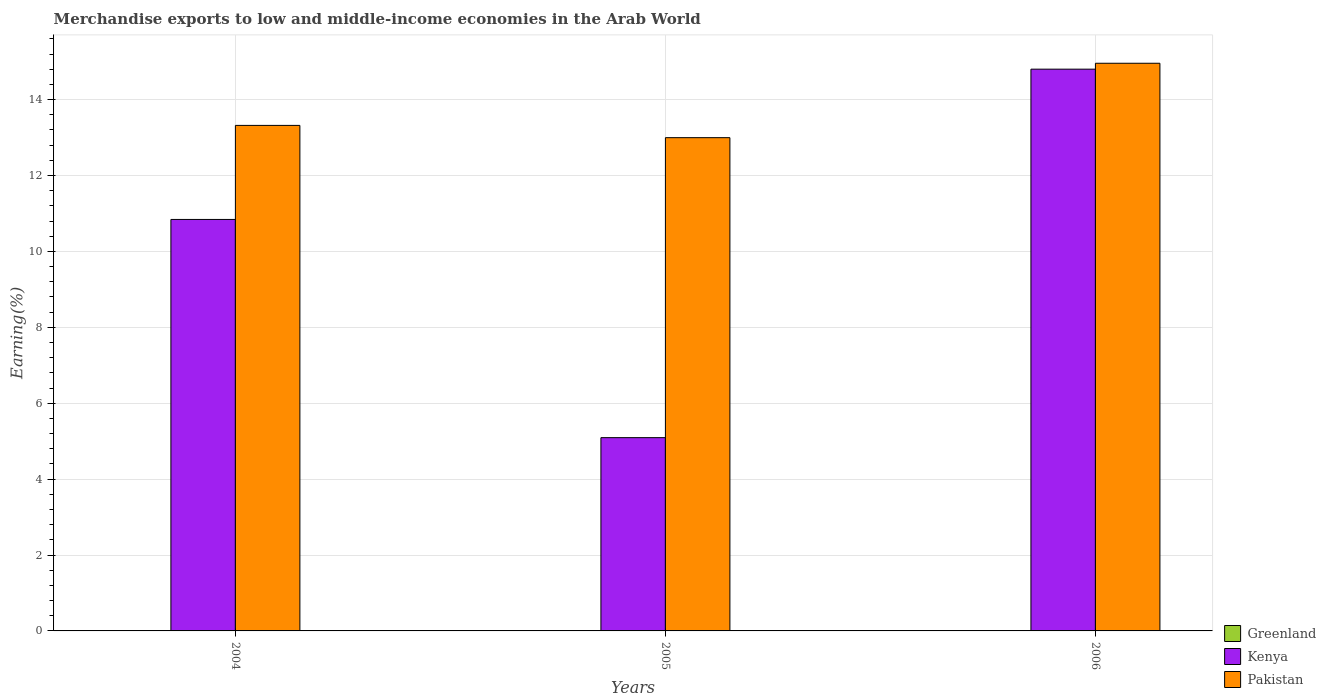
| Years | Greenland | Kenya | Pakistan |
 | --- | --- | --- | --- |
 | 2004 | 2.79e-05 | 10.8 | 13.3 |
 | 2005 | 0.00084 | 5.09 | 13 |
 | 2006 | 0.000675 | 14.8 | 15 |